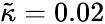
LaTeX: \tilde{\kappa}=0.02